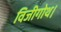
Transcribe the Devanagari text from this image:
विजीगोथ।